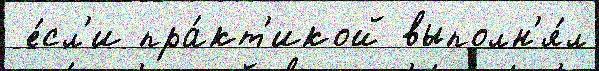
 е́сл'и пра́кт'икой выполн'я́л